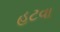
હટવા